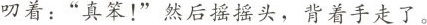
叨着：”真笨！”然后摇摇头，背着手走了。